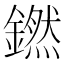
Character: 𬬊